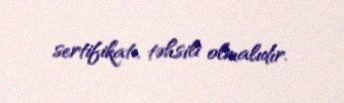
sertifikatı, təhsili olmalıdır.